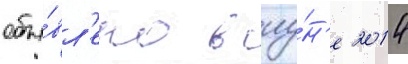
объя́вл'ено в иу́н'е 2014